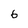
Character: 6